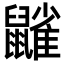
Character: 𪖀